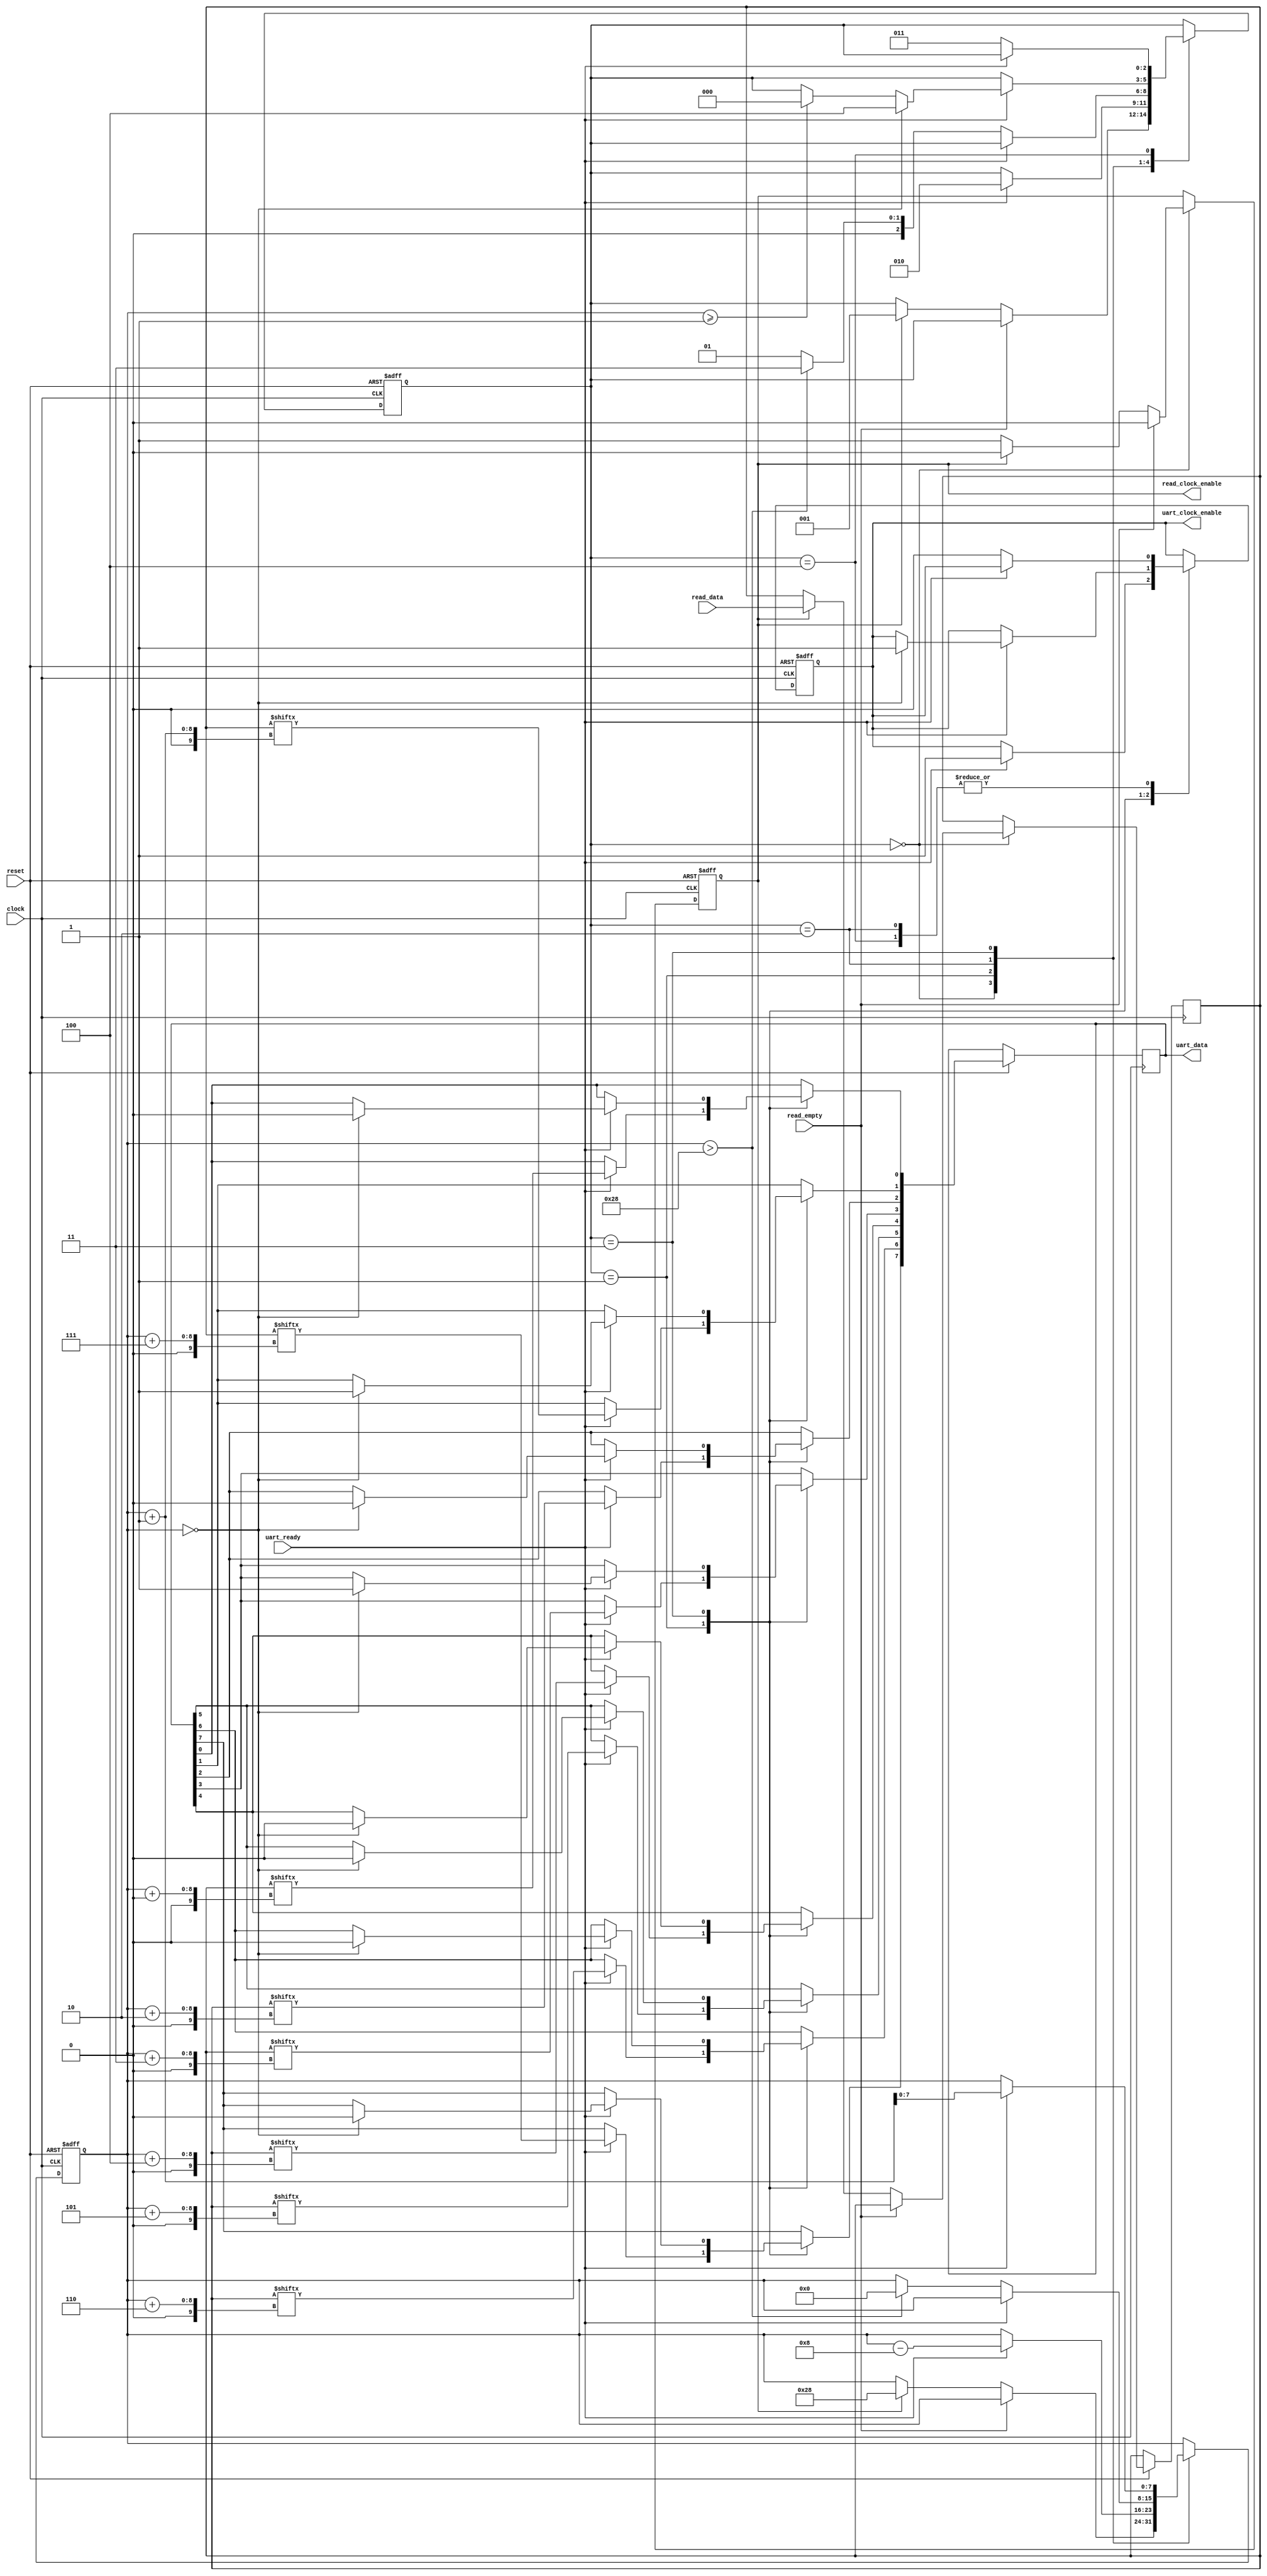
// This program was cloned from: https://github.com/denandz/lpc_sniffer_tpm
// License: GNU General Public License v3.0

module mem2serial #(parameter AW = 8)
	(
		output reg read_clock_enable,
		input [47:0] read_data,
		input read_empty, // high is input is empty
		input reset, // active low
		input clock,

		input uart_ready,
		output reg [7:0] uart_data,
		output reg uart_clock_enable);

	parameter idle = 0, write_data = 1, wait_write_done = 2,
		write_trailer = 3, wait_write_trailer_done = 4;
	reg [2:0] state;
	reg [7:0] write_pos;
	reg [47:0] data;

	always @(negedge reset or negedge clock) begin
		if (~reset) begin
			state <= idle;
			uart_clock_enable <= 0;
			read_clock_enable <= 0;
			write_pos <= 00;
		end
		else
			case (state)
				idle: begin
					if (~read_empty)
						if (read_clock_enable) begin
							data <= read_data;
							state <= write_data;
							read_clock_enable <= 0;
							write_pos <= 40;
						end else
							read_clock_enable <= 1;
					else
						read_clock_enable <= 0;
				end
				write_data: begin
						if (uart_ready) begin
							uart_data[7] <= data[write_pos + 7];
							uart_data[6] <= data[write_pos + 6];
							uart_data[5] <= data[write_pos + 5];
							uart_data[4] <= data[write_pos + 4];
							uart_data[3] <= data[write_pos + 3];
							uart_data[2] <= data[write_pos + 2];
							uart_data[1] <= data[write_pos + 1];
							uart_data[0] <= data[write_pos + 0];
							uart_clock_enable <= 1;
							write_pos <= write_pos - 8;
							state <= wait_write_done;
						end
				end
				wait_write_done: begin
					if (~uart_ready) begin
						uart_clock_enable <= 0;
						if (write_pos > 40) begin /* overflow. finished writing */
							write_pos <= 0;
							state <= write_trailer;
						end else
							state <= write_data;
					end
				end
				write_trailer: begin
					if (uart_ready) begin
						if (write_pos == 0) begin
							uart_clock_enable <= 1;
							uart_data <= 'h0a;
							state <= wait_write_trailer_done;
						end
						else if (write_pos >= 1) begin
							state <= idle;
						end

						write_pos <= write_pos + 1;
					end
				end
				wait_write_trailer_done: begin
					if (~uart_ready) begin
						uart_clock_enable <= 0;
						state <= write_trailer;
					end
				end
			endcase
	end
endmodule